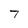
Character: 7